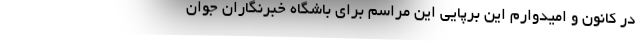
در کانون و امیدوارم این برپایی این مراسم برای باشگاه خبرنگاران جوان